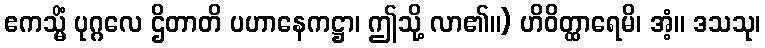
ဧကသ္မိံ ပုဂ္ဂလေ ဌိတာတိ ပဟာနေကဋ္ဌာ၊ ဤသို့ လာ၏။) ဟိဝိတ္ထာရေမိ၊ အံ့။ ဒသသု၊